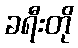
ခရီးတို